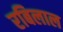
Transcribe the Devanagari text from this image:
रबिलाल